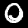
Label: 0